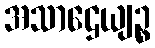
အသာဌေယျဉ္စ